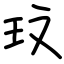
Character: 玟